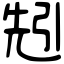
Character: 𠒒